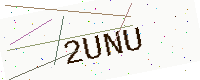
Text: 2UNU